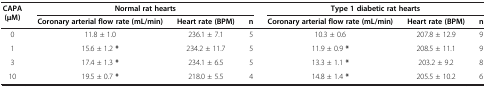
<table><thead><tr><td><b>CAPA (μM)</b></td><td colspan="3"><b>Normal rat hearts</b></td><td colspan="3"><b>Type 1 diabetic rat hearts</b></td></tr><tr><td><b> </b></td><td><b>Coronary arterial flow rate (mL/min)</b></td><td><b>Heart rate (BPM)</b></td><td><b>n</b></td><td><b>Coronary arterial flow rate (mL/min)</b></td><td><b>Heart rate (BPM)</b></td><td><b>n</b></td></tr></thead><tbody><tr><td>0</td><td>11.8 ± 1.0</td><td>236.1 ± 7.1</td><td>5</td><td>10.3 ± 0.6</td><td>207.8 ± 12.9</td><td>9</td></tr><tr><td>1</td><td>15.6 ± 1.2 <b>*</b></td><td>234.2 ± 11.7</td><td>5</td><td>11.9 ± 0.9 <b>*</b></td><td>208.5 ± 11.1</td><td>9</td></tr><tr><td>3</td><td>17.4 ± 1.3 <b>*</b></td><td>234.1 ± 6.5</td><td>5</td><td>13.3 ± 1.1 <b>*</b></td><td>203.2 ± 9.2</td><td>8</td></tr><tr><td>10</td><td>19.5 ± 0.7 <b>*</b></td><td>218.0 ± 5.5</td><td>4</td><td>14.8 ± 1.4 <b>*</b></td><td>205.5 ± 10.2</td><td>6</td></tr></tbody></table>